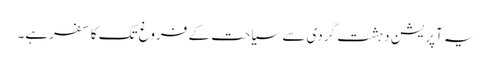
یہ آپریشن دہشت گردی سے سیاحت کے فروغ تک کا سفرہے۔